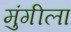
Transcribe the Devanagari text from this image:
मुंगीला